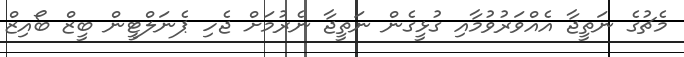
މެޗުގެ ނަތީޖާ އެއްވަރުވުމާއި ގުޅީގެން ނަތީޖާ ނެރުމަށް ޖެހި ޕެނަލްޓީން ބީޒް ބޯއިޒް